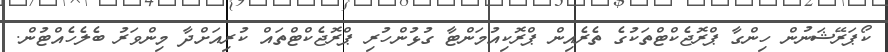
ކޯޕަރޭޝަނުން ހިންގާ ޕްރޮޖެކްޓްތަކުގެ ތެރެއިން ޕްރޮކިއުމަންޓާ ގުޅުންހުރި ޕްރޮޖެކްޓްތައް ކުރިއަށްދާ މިންވަރު ބެލެހެއްޓުން.